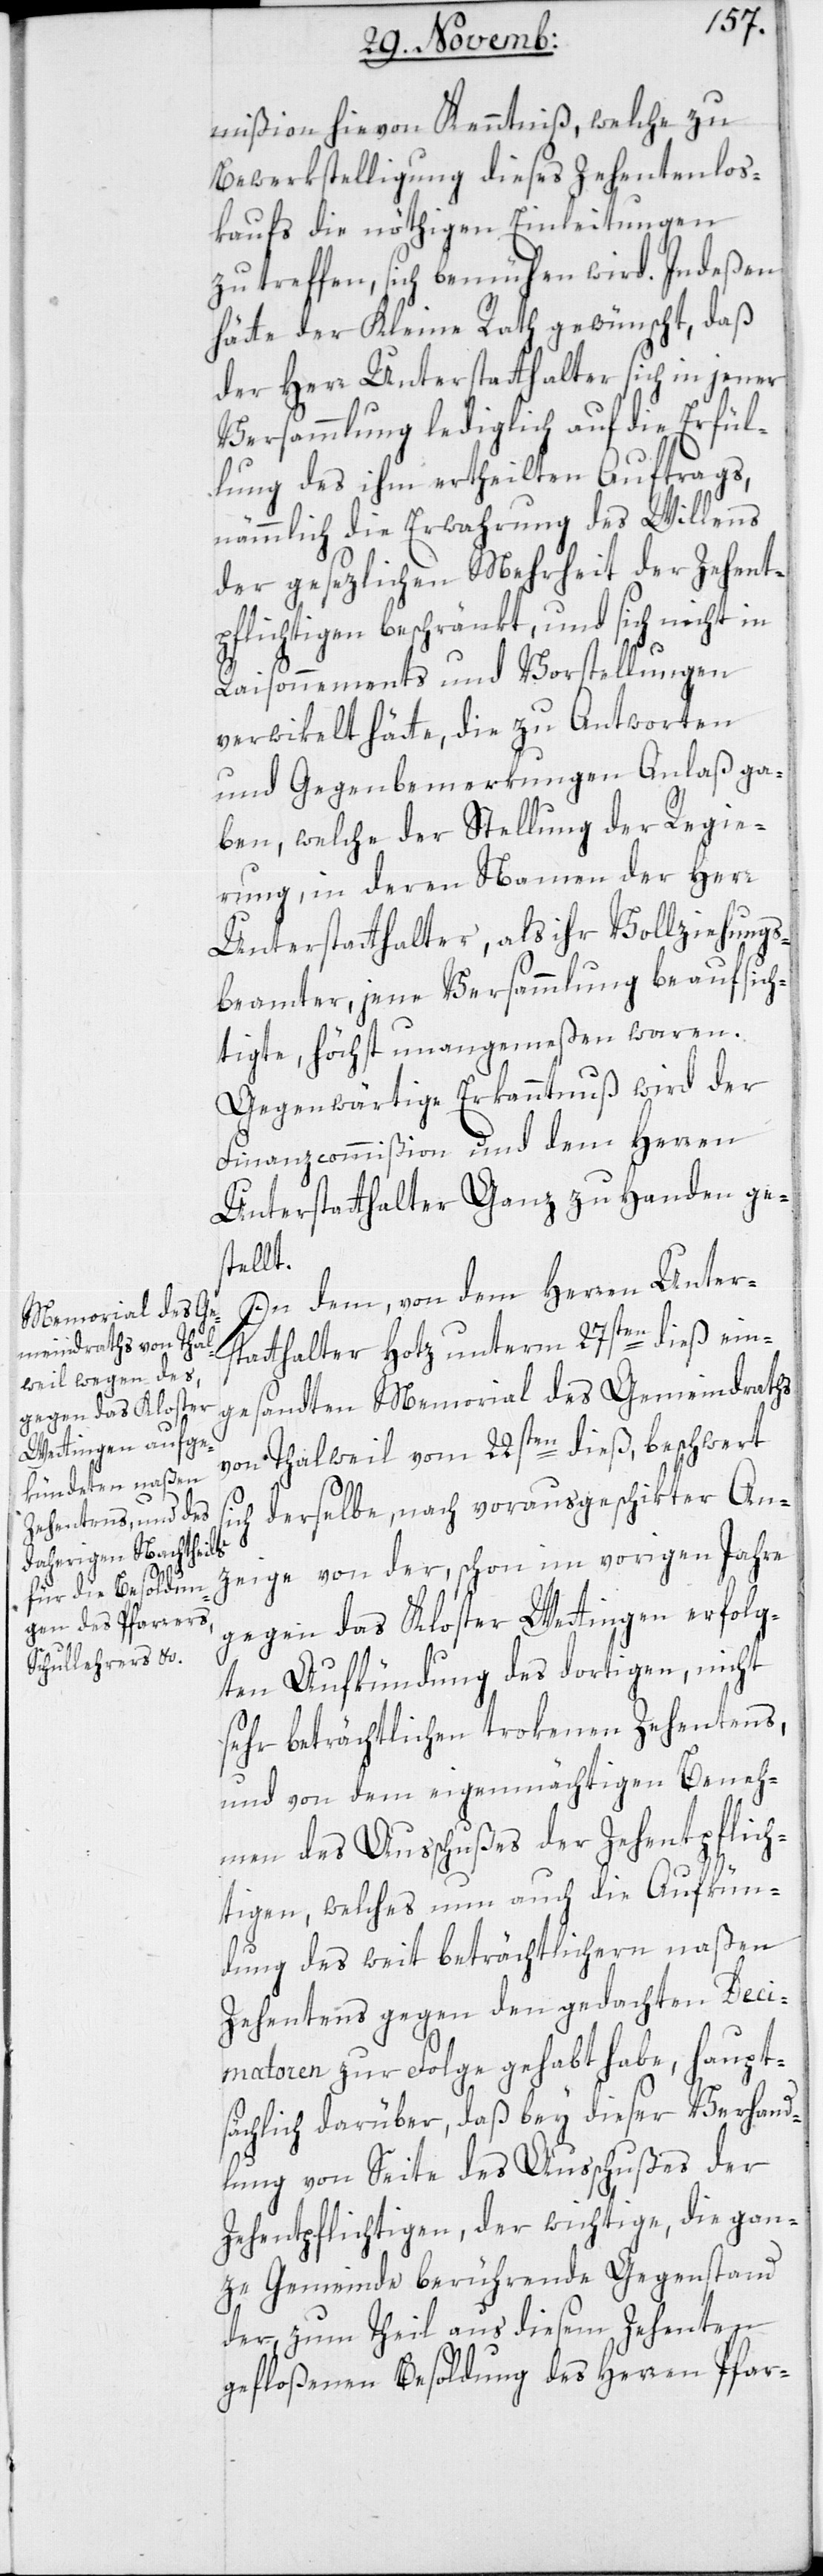
mißion hievon Kenntniß, welche zu
Bewerkstelligung dieses Zehentenlos¬
kaufs die nöthigen Einleitungen
zu treffen, sich bemühen wird. Indeßen
hätte der Kleine Rath gewünscht, daß
der Herr Unterstatthalter sich in jener
Versammlung lediglich auf die Erfül¬
lung des ihm ertheilten Auftrags,
nämmlich die Erwahrung des Willens
der gesezlichen Mehrheit der Zehent¬
pflichtigen beschränkt, und sich nicht in
Raisonnements und Vorstellungen
verwikelt hätte, die zu Antworten
und Gegenbemerkungen Anlaß ga¬
ben, welche der Stellung der Regie¬
rung, in deren Namen der Herr
Unterstatthalter, als ihr Vollziehungs¬
beamter, jene Versammlung beaufsich¬
tigte, höchst unangemeßen waren.
Gegenwärtige Erkanntnuß wird der
Finanz-Commißion und dem Herren
Unterstatthalter Ganz zu Handen ges¬
tellt.
In dem, von dem Herren Unter¬
statthalter Hotz unterm 27sten dieß ein¬
gesandten Memorial des Gemeindraths
von Thalweil vom 22sten dieß, beschwert
sich derselbe, nach vorausgeschikter An¬
zeige von der, schon im vorigen Jahre
gegen das Kloster Wettingen erfolg¬
ten Aufkündung des dortigen, nicht
sehr beträchtlichen trokenen Zehentens,
und von dem eigenmächtigen Beneh¬
men des Ausschußes der Zehentpflich¬
tigen, welches nun auch die Aufkün¬
dung des weit beträchtlichern naßen
Zehentens gegen den gedachten Deci¬
matoren zur Folge gehabt habe, haupt¬
sächlich darüber, daß bey dieser Verhand¬
lung von Seite des Ausschußes der
Zehentpflichtigen, der wichtige, die gan¬
ze Gemeinde berührende Gegenstand
der, zum Theil aus diesem Zehenten
gefloßenen Besoldung des Herren Pfar-